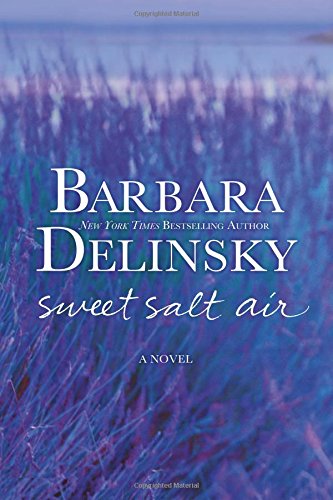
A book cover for Sweet Salt Air: A Novel; Barbara Delinsky; Literature & Fiction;